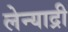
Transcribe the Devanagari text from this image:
लेन्याद्री